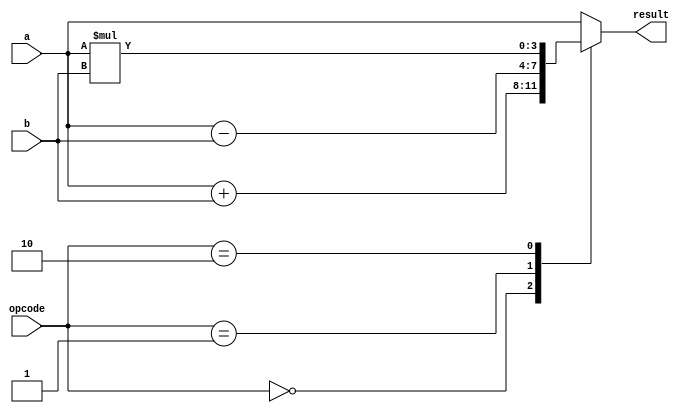
module ALU #(
	parameter data_width = 4
	)
	(
	input [data_width-1:0] a,
	input [data_width-1:0] b,
	input [1:0] opcode,
	output reg [data_width-1:0] result
	);
	
	always @(*)
	begin
		case (opcode)
			2'b00: 
				result = a + b;
			2'b01: 
				result = a - b;
			2'b10: 
				result = a * b;
			default: 
				result = a;
		endcase
	end

endmodule